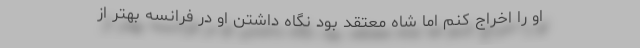
او را اخراج کنم اما شاه معتقد بود نگاه داشتن او در فرانسه بهتر از